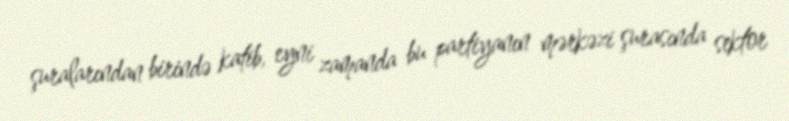
şuralarından birində katib, eyni zamanda bu partiyanın mərkəzi şurasında sektor